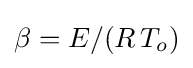
\beta =E/(R\,T_{o})